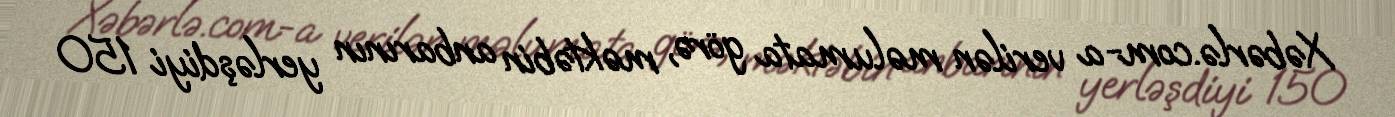
Xəbərlə.com-a verilən məlumata görə, məktəbin anbarının yerləşdiyi 150